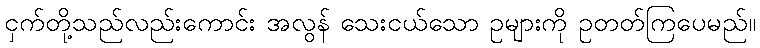
ငှက်တို့သည်လည်းကောင်း အလွန် သေးငယ်သော ဥများကို ဥတတ်ကြပေမည်။